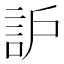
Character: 𧦈